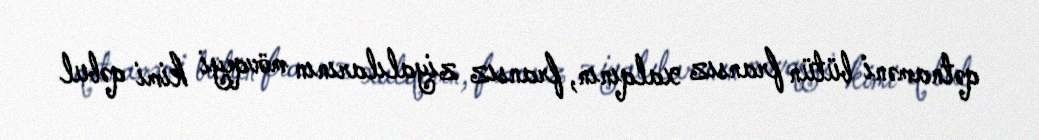
qətnaməni bütün fransız xalqının, fransız ziyalılarının mövqeyi kimi qəbul